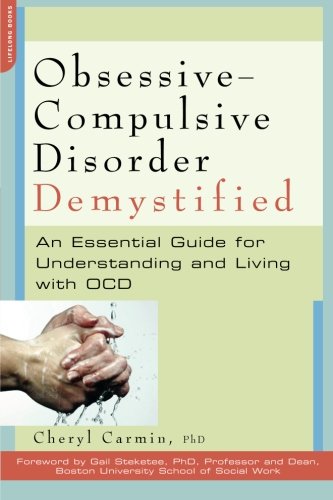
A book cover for Obsessive-Compulsive Disorder Demystified: An Essential Guide for Understanding and Living with OCD (Demystified (Da Capo Press)); Ph.D. Cheryl Carmin; Health, Fitness & Dieting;